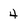
Character: 4